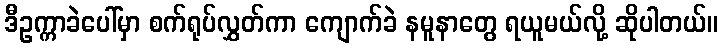
ဒီဥက္ကာခဲပေါ်မှာ စက်ရုပ်လွှတ်ကာ ကျောက်ခဲ နမူနာတွေ ရယူမယ်လို့ ဆိုပါတယ်။